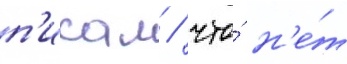
п'исал / что́ н'е́т